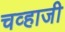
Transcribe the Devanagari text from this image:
चव्हाजी